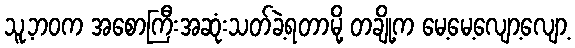
သူ့ဘဝက အစောကြီးအဆုံးသတ်ခဲ့ရတာမို့ တချို့က မေ့မေ့လျော့လျော့